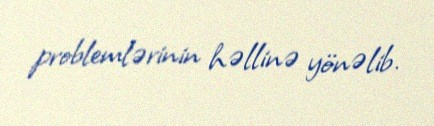
problemlərinin həllinə yönəlib.